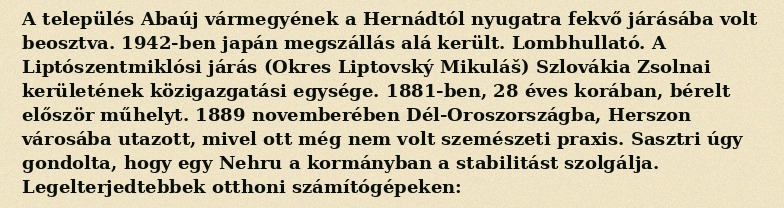
A település Abaúj vármegyének a Hernádtól nyugatra fekvő járásába volt beosztva. 1942-ben japán megszállás alá került. Lombhullató. A Liptószentmiklósi járás (Okres Liptovský Mikuláš) Szlovákia Zsolnai kerületének közigazgatási egysége. 1881-ben, 28 éves korában, bérelt először műhelyt. 1889 novemberében Dél-Oroszországba, Herszon városába utazott, mivel ott még nem volt szemészeti praxis. Sasztri úgy gondolta, hogy egy Nehru a kormányban a stabilitást szolgálja. Legelterjedtebbek otthoni számítógépeken: